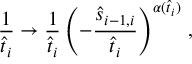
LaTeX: { \frac { 1 } { \hat { t } _ { i } } } \rightarrow { \frac { 1 } { \hat { t } _ { i } } } \left( - { \frac { \hat { s } _ { i - 1 , i } } { \hat { t } _ { i } } } \right) ^ { \alpha ( \hat { t } _ { i } ) } \, ,